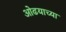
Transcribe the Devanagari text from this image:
ओढयाच्या